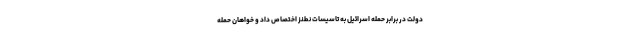
دولت در برابر حمله اسرائیل به تاسیسات نطنز اختصاص داد و خواهان حمله